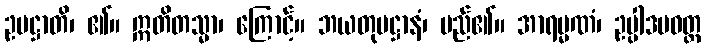
ဥပဋ္ဌာတိ၊ ၏။ ဣတိတသ္မာ၊ ကြောင့်။ ဘယတုပဋ္ဌာနံ၊ မည်၏။ အာရမ္မဏံ၊ ဥပ္ပါဒပဝတ္တ